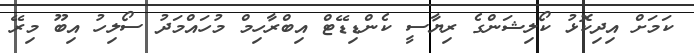
ކަމަށް އިދިކޮޅު ކޯލިޝަންގެ ރިޔާސީ ކެންޑިޑޭޓް އިބްރާހިމް މުހައްމަދު ސޯލިހު އިބޫ މިރޭ